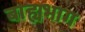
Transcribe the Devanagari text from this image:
बाह्यभाग